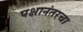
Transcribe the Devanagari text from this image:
पक्षानंतरचा